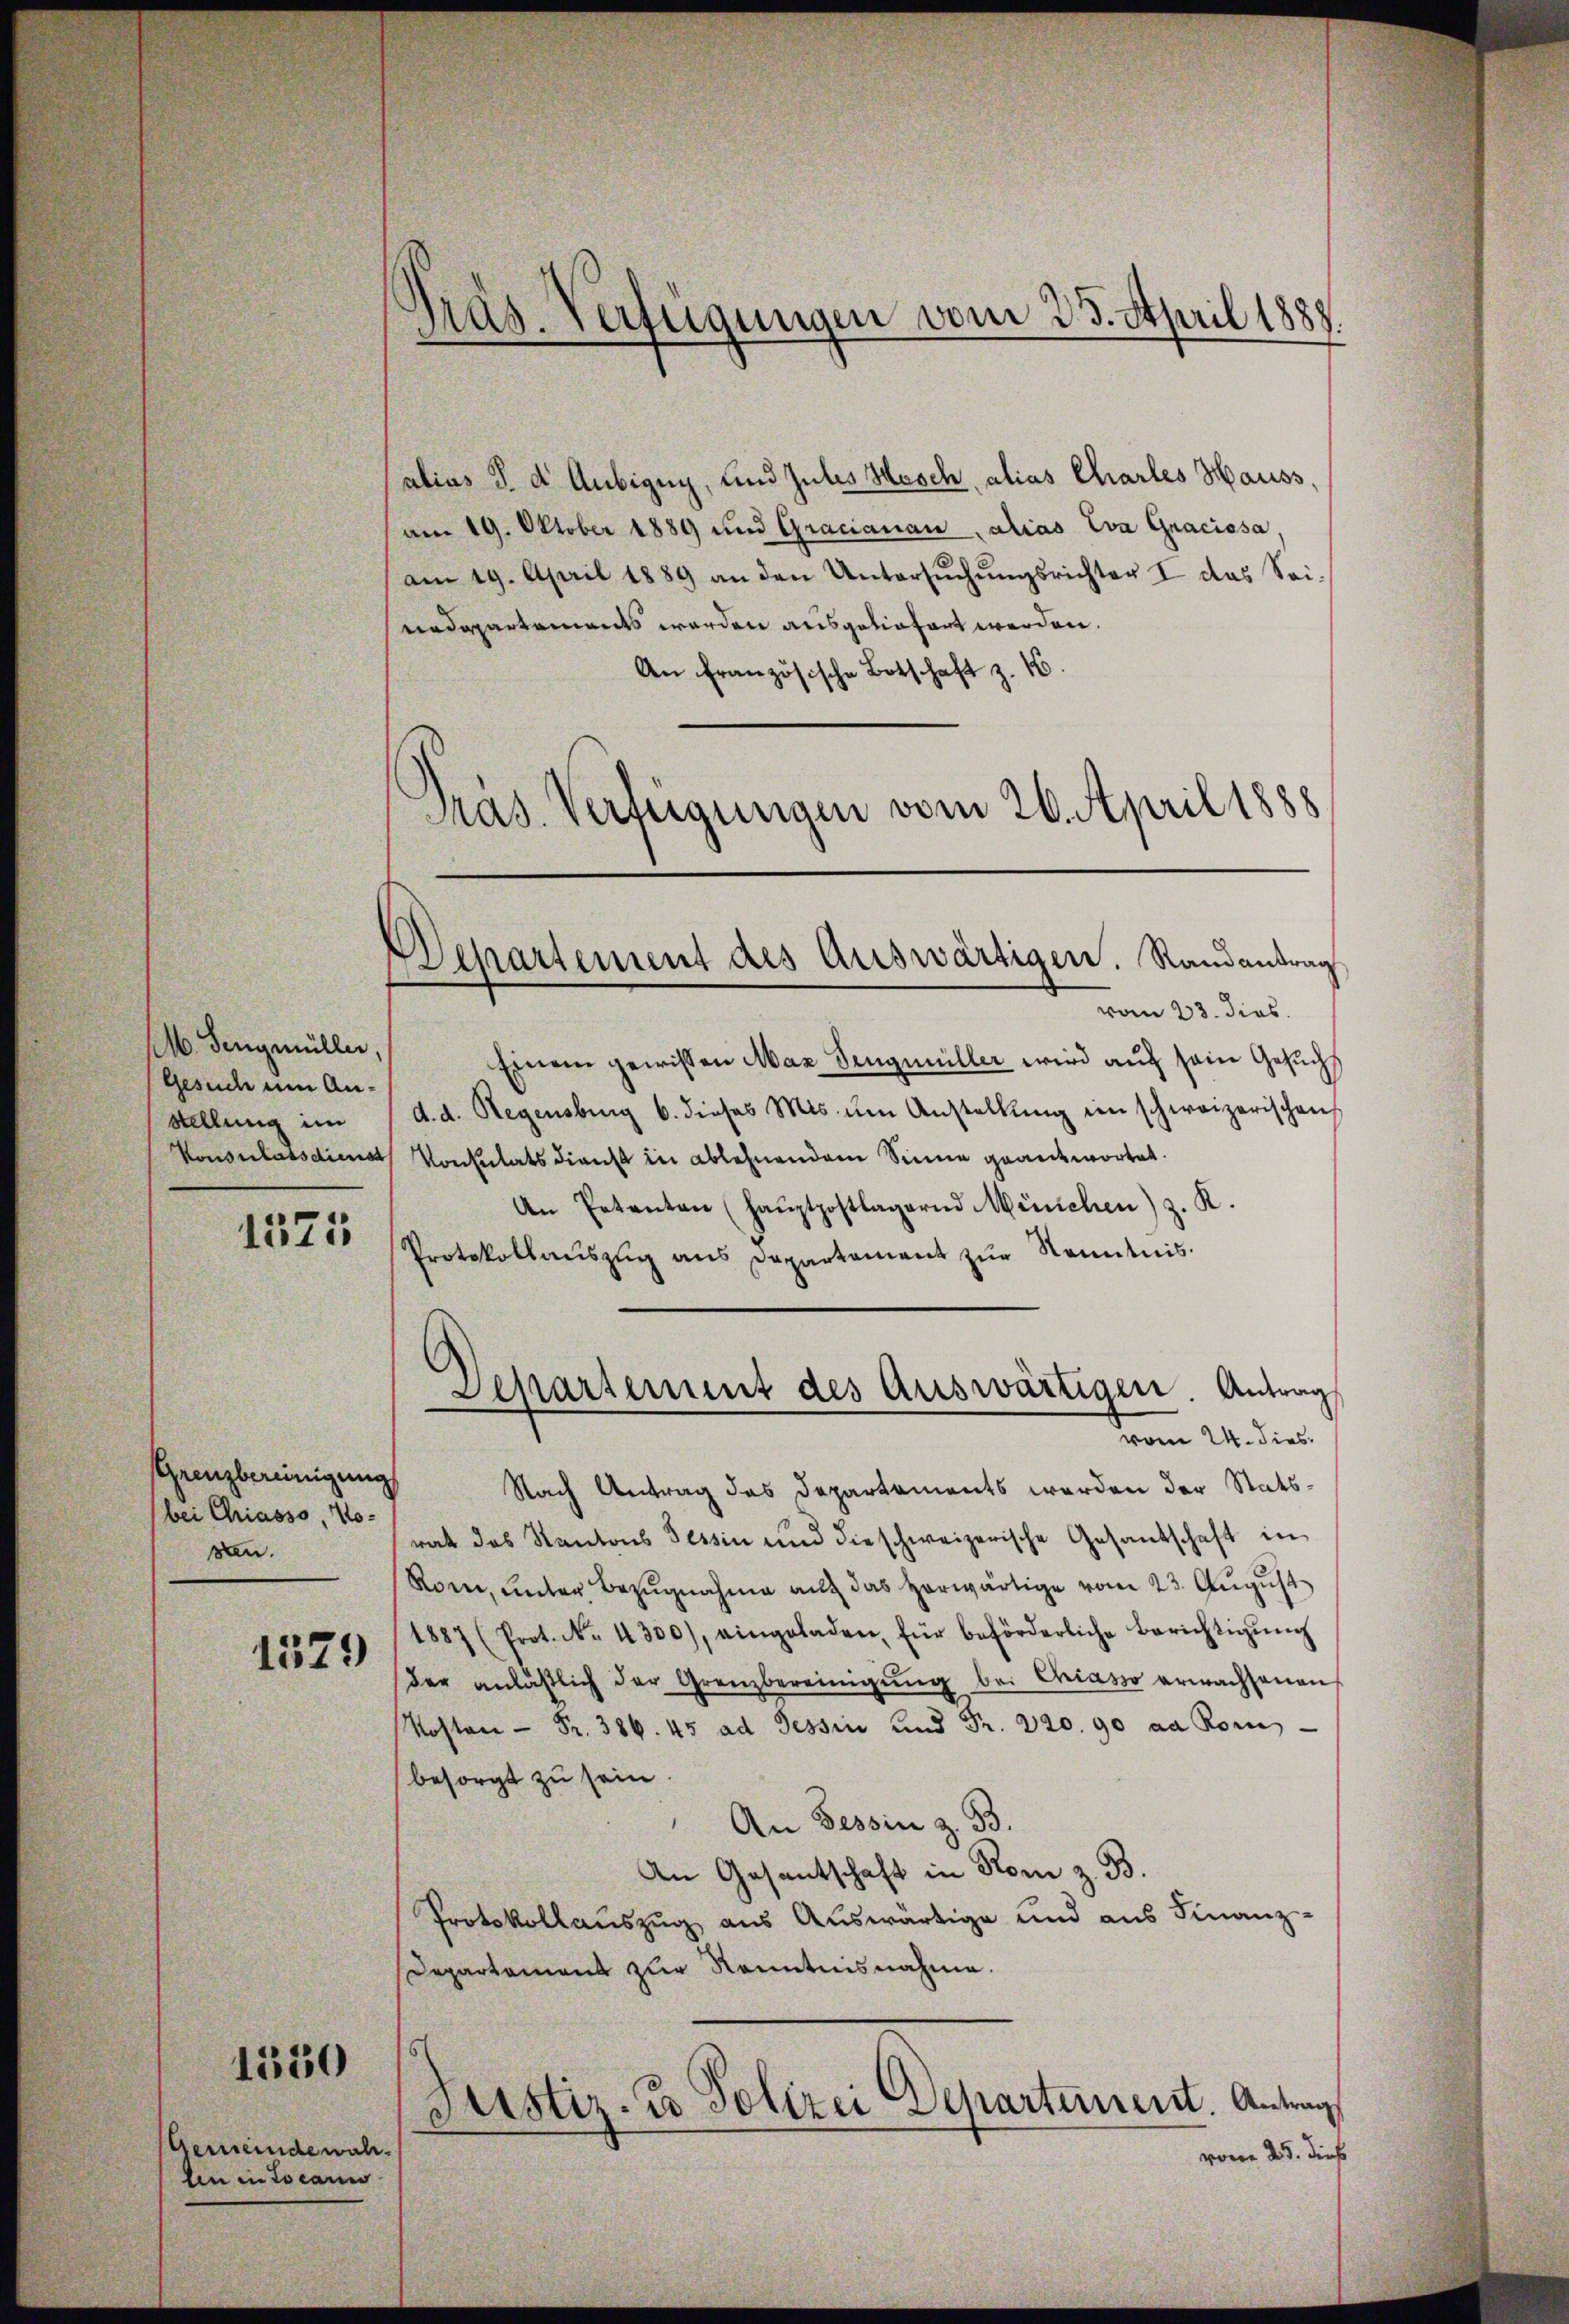
M. Fengmüller,
Gesuche um Anstellung im
Konsulatsdienst

1575

Grenzbereinigung
bei Griasso No-
sten.

1379

1550

Gemeindewahlen in Locarn

präs. Verfügungen vom 25. April 1888.

alius S. d. Aubigug, und Julis Hosch, alias Charles Hauss,
am 19. Oktober 1889 und Gracianau, alias Eva Graciosa,
am 19. April 1889 an den Untersŭchŭngsrichter I. das Sei-
nedepartements werden ausgeliefert werden.
An französische Botschaft z. 16.
Präs. Verfügungen vom 26. April 1888

Departement des Auswärtigen. Randantrag

vom 23. dies
Einem gewissen Max Sengmüller wird auf sein Gesuch
d. d. Regensburg 6. dieses Mis ŭm Anstellŭng im schweizerischen
Konsulatsdienst in ablehnendem Sinne geantwortet.
An Petenten (Haŭptpostlagernd München) z. K.
Protokollaŭszŭg ans Departement zŭr Kenntnis.
Nach Antrag das Departements werden der Statsrat des Kantons Tessin und die schweizerische Gesandschaft in
Roene, unter Bezŭgnahme aŭf das herwärtige vom 23. Aŭgŭst
1887 (Prot. No. 4300), eingeladen, für beförderliche Berichtigŭng
der anläβlich der Grenzbereinigŭng bei Chiasso erwachsenen
Kosten Fr. 386. 45 ad Tessin und Fr. 220. 90 aa Rom
besorgt zu sein.
An Tessin z. 33.
An Gesantschaft in Rom z. B.
Protokollauszug aus Auswärtige und aus Finanz-
Departament zur Kenntnisnahme.
Justiz- & Polizei Separtement. Antrag
vom 25. dieß

Departement des Auswärtigen. Antrag
Tram U dies